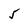
Character: 5